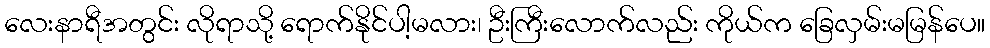
လေးနာရီအတွင်း လိုရာသို့ ရောက်နိုင်ပါ့မလား၊ ဦးကြီးလောက်လည်း ကိုယ်က ခြေလှမ်းမမြန်ပေ။